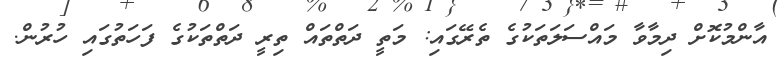
އާންމުކޮށް ދިމާވާ މައްސަލަތަކުގެ ތެރޭގައި: މަތީ ދަތްތައް ތިރީ ދަތްތަކުގެ ފަހަތުގައި ހުރުން.